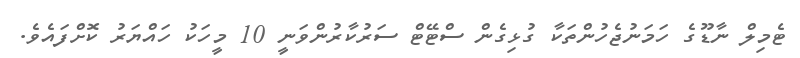
ޓެމިލް ނާޑޫގެ ހަމަނުޖެހުންތަކާ ގުޅިގެން ސްޓޭޓް ސަރުކާރުންވަނީ 10 މީހަކު ހައްޔަރު ކޮށްފައެވެ.